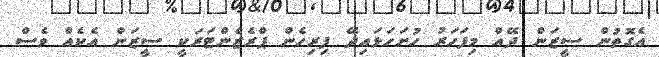
އެގޮތުން ސީޒަން ދޭއް މިފަހަރު ހުށަހަޅައިދޭ ފިރިހެން ޕްރެޒެންޓަރަކީ ސީޒަން އެކެއް ވެސް